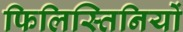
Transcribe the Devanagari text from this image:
फिलिस्तिनियों